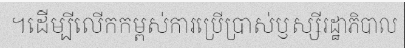
។ដើម្បីលើកកម្ពស់ការប្រើប្រាស់ឫស្សីរដ្ឋាភិបាល